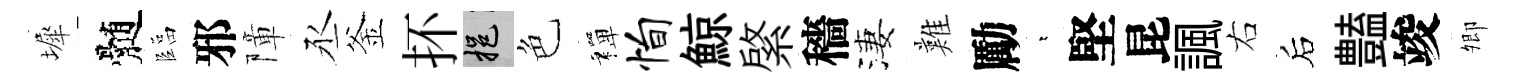
墀髄臨邪障丞釜抔挹色禪恂鯨綮穡淒難勵萋堅昆諷右后𧰟竣𡖖